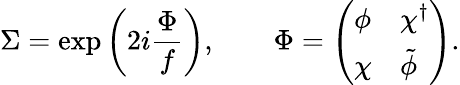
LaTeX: \Sigma=\exp\left(2i\frac{\Phi}{f}\right),\qquad\Phi=\left(\begin{array}{ll}{{\phi}}&{{\chi^{\dagger}}}\\ {{\chi}}&{{\tilde{\phi}~}}\end{array}\right).